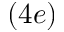
( 4 e )